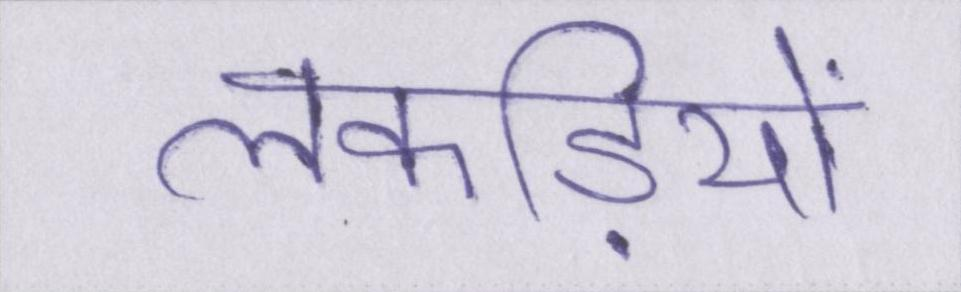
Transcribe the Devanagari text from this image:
लकड़ियों